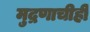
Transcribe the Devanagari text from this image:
मुद्रणाचीही